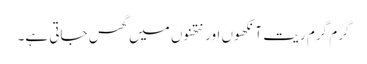
گرم گرم ریت آنکھوں اور نتھنوں میں گھس جاتی ہے۔